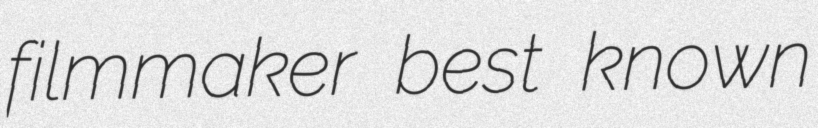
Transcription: filmmaker best known